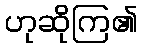
ဟုဆိုကြ၏